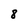
Character: 8